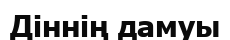
Діннің дамуы